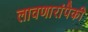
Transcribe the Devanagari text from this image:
लावणारांपैकी